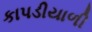
કાપડીયાળી